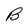
Character: B